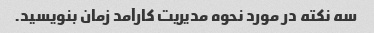
سه نکته در مورد نحوه مدیریت کارآمد زمان بنویسید.